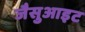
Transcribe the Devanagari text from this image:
जैसुआइट